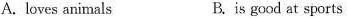
A. loves animals B. is good at sports